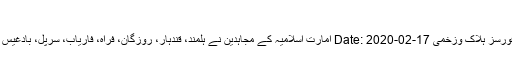
تقبلہ اللہ تعالی
لفتح کاروائیاں: فوجی ہیلی کاپٹر تباہ، 30 فورسز ہلاک وزخمی Date: 2020-02-17 امارت اسلامیہ کے مجاہدین نے ہلمند، قندہار، روزگان، فراہ، فاریاب، سرپل، بادغیس ونیمروز صوبوں میں دشمن کو نشانہ بنایا۔